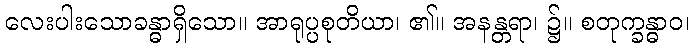
လေးပါးသောခန္ဓာရှိသော။ အာရုပ္ပစုတိယာ၊ ၏။ အနန္တရာ၊ ၌။ စတုက္ခန္ဓာဝ၊